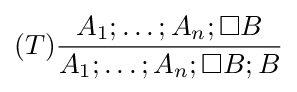
(T){\frac {A_{1};\ldots ;A_{n};\Box B}{A_{1};\ldots ;A_{n};\Box B;B}}